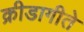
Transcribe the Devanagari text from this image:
क्रीडागीते